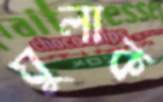
ঘুলাক